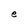
Character: e